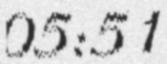
05:51